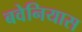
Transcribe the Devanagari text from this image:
बवेनियास